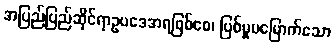
အပြည်ပြည်ဆိုင်ရာဥပဒေအရဖြစ်စေ၊ ပြစ်မှုမမြောက်သော